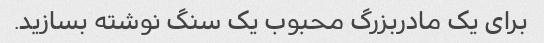
برای یک مادربزرگ محبوب یک سنگ نوشته بسازید.